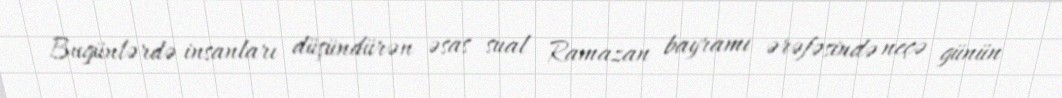
Bugünlərdə insanları düşündürən əsas sual Ramazan bayramı ərəfəsində neçə günün